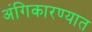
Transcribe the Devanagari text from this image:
अंगिकारण्यात